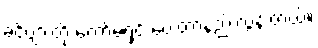
ခင်ဗျားတို့ ကော်မရှင် ပေးတာနည်းလွန်းတယ်။